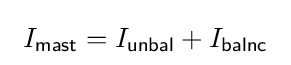
\ I_{\mathsf {mast}}=I_{\mathsf {unbal}}+I_{\mathsf {balnc}}\